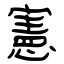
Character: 憲